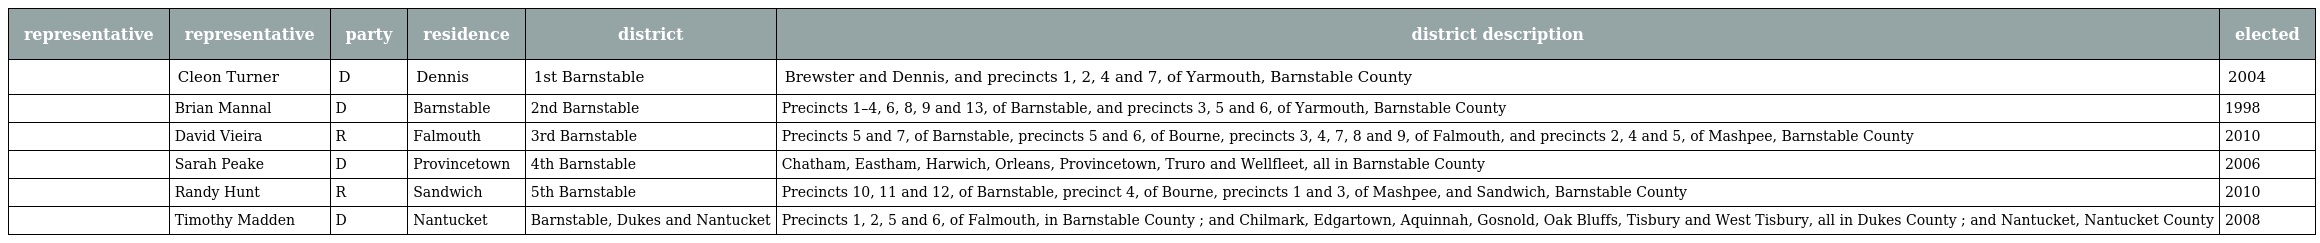
| representative | representative | party | residence | district | district description | elected |
 | --- | --- | --- | --- | --- | --- | --- |
 |  | Cleon Turner | D | Dennis | 1st Barnstable | Brewster and Dennis, and precincts 1, 2, 4 and 7, of Yarmouth, Barnstable County | 2004 |
 |  | Brian Mannal | D | Barnstable | 2nd Barnstable | Precincts 1–4, 6, 8, 9 and 13, of Barnstable, and precincts 3, 5 and 6, of Yarmouth, Barnstable County | 1998 |
 |  | David Vieira | R | Falmouth | 3rd Barnstable | Precincts 5 and 7, of Barnstable, precincts 5 and 6, of Bourne, precincts 3, 4, 7, 8 and 9, of Falmouth, and precincts 2, 4 and 5, of Mashpee, Barnstable County | 2010 |
 |  | Sarah Peake | D | Provincetown | 4th Barnstable | Chatham, Eastham, Harwich, Orleans, Provincetown, Truro and Wellfleet, all in Barnstable County | 2006 |
 |  | Randy Hunt | R | Sandwich | 5th Barnstable | Precincts 10, 11 and 12, of Barnstable, precinct 4, of Bourne, precincts 1 and 3, of Mashpee, and Sandwich, Barnstable County | 2010 |
 |  | Timothy Madden | D | Nantucket | Barnstable, Dukes and Nantucket | Precincts 1, 2, 5 and 6, of Falmouth, in Barnstable County ; and Chilmark, Edgartown, Aquinnah, Gosnold, Oak Bluffs, Tisbury and West Tisbury, all in Dukes County ; and Nantucket, Nantucket County | 2008 |